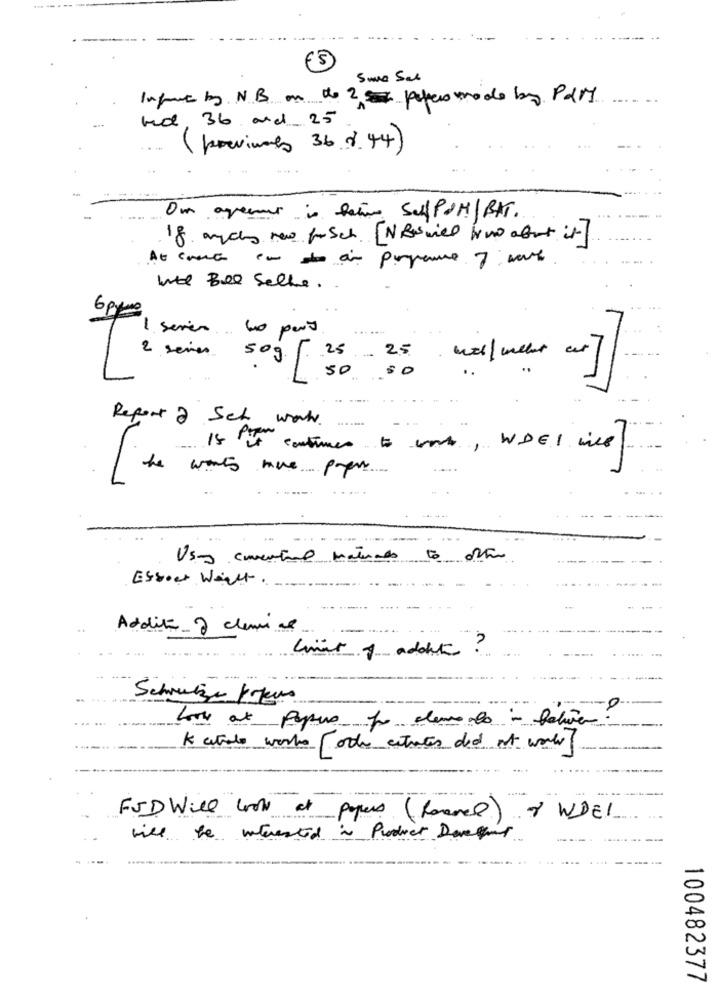
----...
Sune Sal
Infout by NB on the 2 peter mode by PdM
bed, 36 and 25
( previnales 36.8.44)
-
Om agener is tation SchPot/BAT.
18 anychs now for Sch [NBwiel www about it]
Inte Bee Selle.
6 ppm
I serien 60 part
med / weer our ]
Report 2 Set work.
Is 's continues to work, WDEI wie
want nue papers
Usas conventual materials
Essoer Want
Additif chemi se
limit of addit ?
Schweizer pokus
Look at papers por demands - falive.
Katalo works [ other entrate did at work]
FJD Will lok at papers (formel) & WDE
will be interested in Product Devlet
100482377